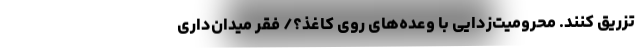
تزریق کنند. محرومیت‌زدایی با وعده‌‌های روی کاغذ؟/ فقر میدان‌داری